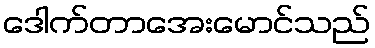
ဒေါက်တာအေးမောင်သည်